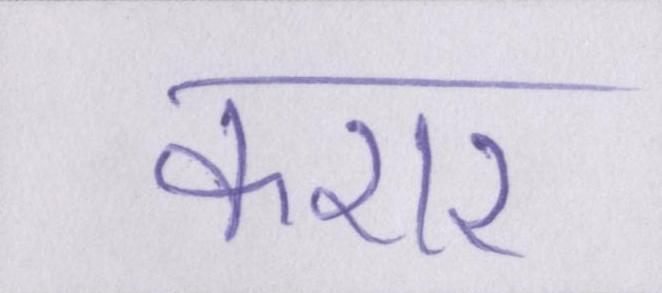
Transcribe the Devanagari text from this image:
करार